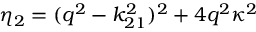
\eta _ { 2 } = ( q ^ { 2 } - k _ { 2 1 } ^ { 2 } ) ^ { 2 } + 4 q ^ { 2 } \kappa ^ { 2 }